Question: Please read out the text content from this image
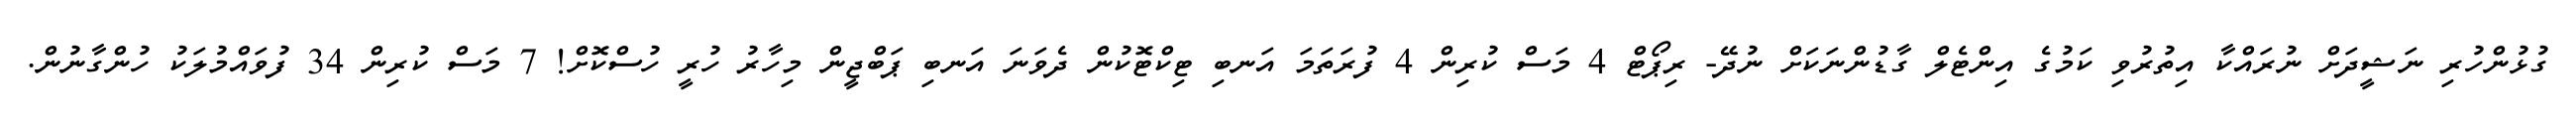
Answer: ގުޅުންހުރި ނަޝީދަށް ނުރައްކާ އިތުރުވި ކަމުގެ އިންޓެލް ގާޑުންނަކަށް ނުދޭ- ރިޕޯޓް 4 މަސް ކުރިން 4 ފުރަތަމަ އަނބި ޓިކްޓޮކުން ދެވަނަ އަނބި ޕަބްޖީން މިހާރު ހުރީ ހުސްކޮށް! 7 މަސް ކުރިން 34 ފުވައްމުލަކު ހުންގާނުން.